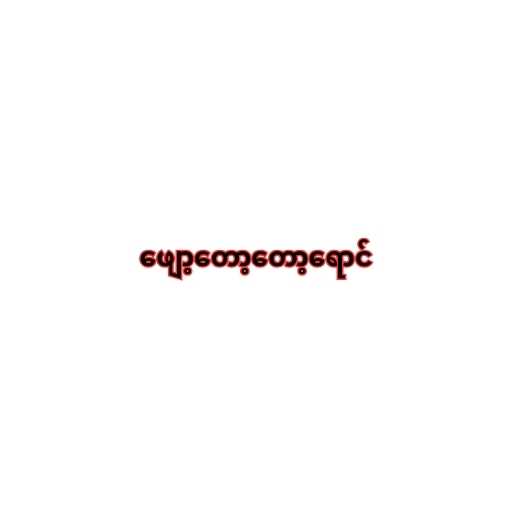
ဖျော့တော့တော့ရောင်